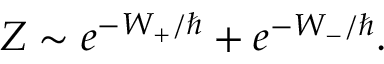
Z \sim e ^ { - W _ { + } / \hbar } + e ^ { - W _ { - } / \hbar } .